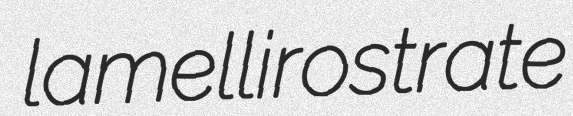
lamellirostrate